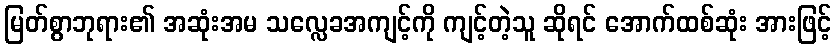
မြတ်စွာဘုရား၏ အဆုံးအမ သလ္လေခအကျင့်ကို ကျင့်တဲ့သူ ဆိုရင် အောက်ထစ်ဆုံး အားဖြင့်